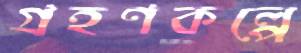
গ্রহণকল্পে